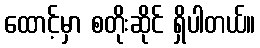
ထောင့်မှာ စတိုးဆိုင် ရှိပါတယ်။